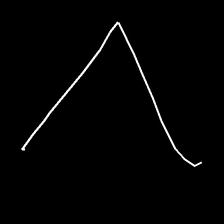
Glyph: region